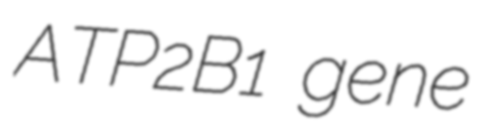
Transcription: ATP2B1 gene